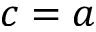
c = a